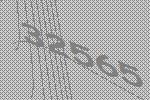
32565